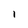
Character: I